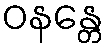
ဝနန္တေ